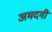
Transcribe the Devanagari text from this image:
अमदगी